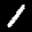
Label: 1